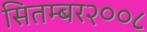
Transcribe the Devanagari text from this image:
सितम्बर२००८